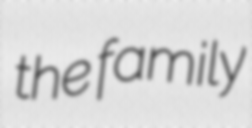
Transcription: the family